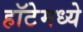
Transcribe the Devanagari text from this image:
हॉटेमध्ये